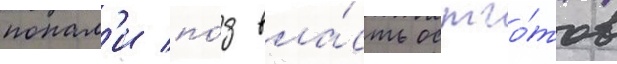
попал'и по́д вла́сть остго́тов